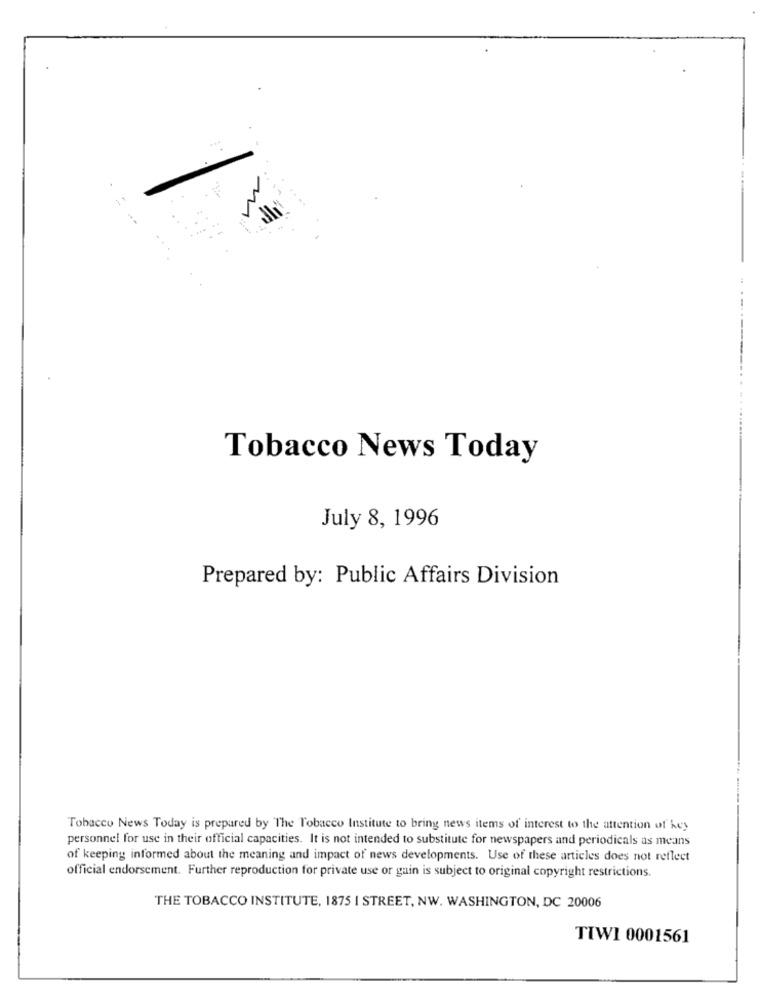
Tobacco News Today
July 8, 1996
Prepared by: Public Affairs Division
Tobacco News Today is prepared by The Tobacco Institute to bring news items of interest to the attention of key
personnel for use in their official capacities. It is not intended to substitute for newspapers and periodicals as means
of keeping informed about the meaning and impact of news developments. Use of these articles does not reflect
official endorsement. Further reproduction for private use or gain is subject to original copyright restrictions.
THE TOBACCO INSTITUTE, 1875 I STREET, NW. WASHINGTON, DC 20006
TIWI 0001561